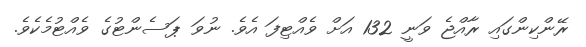
ރޭންކިންގައި ރާއްޖެ ވަނީ 132 އަށް ވެއްޓިފަ އެވެ. ނުވަ ޕަސެންޓުގެ ވެއްޓުމެކެވެ.